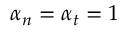
\alpha _ { n } = \alpha _ { t } = 1